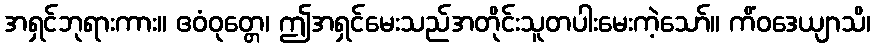
အရှင်ဘုရားကား။ ဧဝံဝုတ္တေ၊ ဤအရှင်မေးသည်အတိုင်းသူတပါးမေးကဲ့သော်။ ကိံဝဒေယျာသိ၊